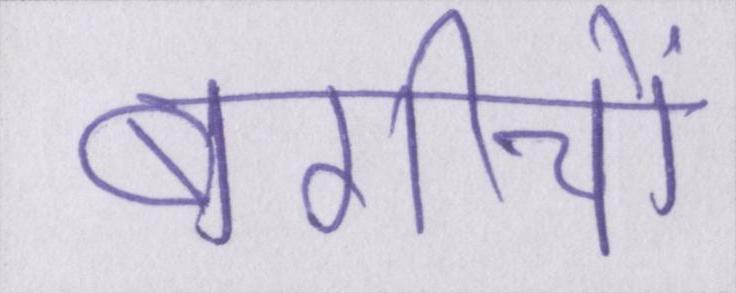
बगीचों